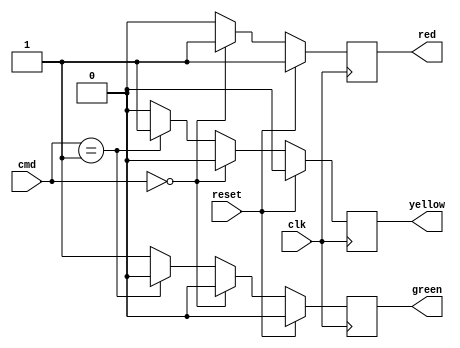
module light1_2(clk,reset,cmd,red,yellow,green);
input clk, reset;
input [1:0] cmd;
output red,yellow,green;

reg red,yellow,green;

always@(posedge clk)
begin
if (reset)
  begin
//initialize
red =1;
yellow=0;
green=0;

  end
else
  begin
//main code
if (cmd==0)
   begin
  //red
   red=1;
   yellow=0;
   green=0;
   end
else if (cmd==1)
   begin
  //yellow
   green=0;
   yellow=1;
   red=0;
   end
else
  begin
  //green
   red=0;
   yellow=0;
   green=1;
  end

  end


end


endmodule